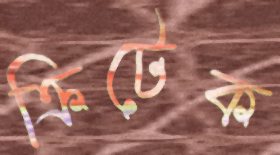
ক্রিটেক